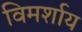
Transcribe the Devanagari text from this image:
विमर्शाय